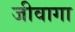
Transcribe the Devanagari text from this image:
जीवागा